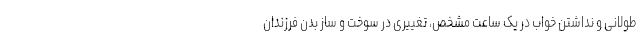
طولانی و نداشتن خواب در یک ساعت مشخص، تغییری در سوخت و ساز بدن فرزندان